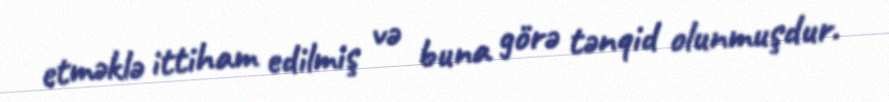
etməklə ittiham edilmiş və buna görə tənqid olunmuşdur.